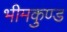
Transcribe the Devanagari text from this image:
भीमकुण्ड